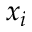
x _ { i }